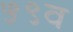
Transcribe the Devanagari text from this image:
५९व